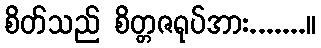
စိတ်သည် စိတ္တဇရုပ်အား.......။